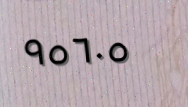
٩٥٦٠٥